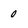
Character: 0